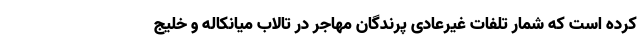
کرده است که شمار تلفات غیرعادی پرندگان مهاجر در تالاب میانکاله و خلیج